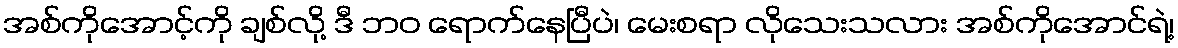
အစ်ကိုအောင့်ကို ချစ်လို့ ဒီ ဘဝ ရောက်နေပြီပဲ၊ မေးစရာ လိုသေးသလား အစ်ကိုအောင်ရဲ့၊